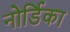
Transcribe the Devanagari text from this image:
नोर्डिका